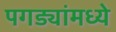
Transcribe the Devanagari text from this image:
पगड्यांमध्ये